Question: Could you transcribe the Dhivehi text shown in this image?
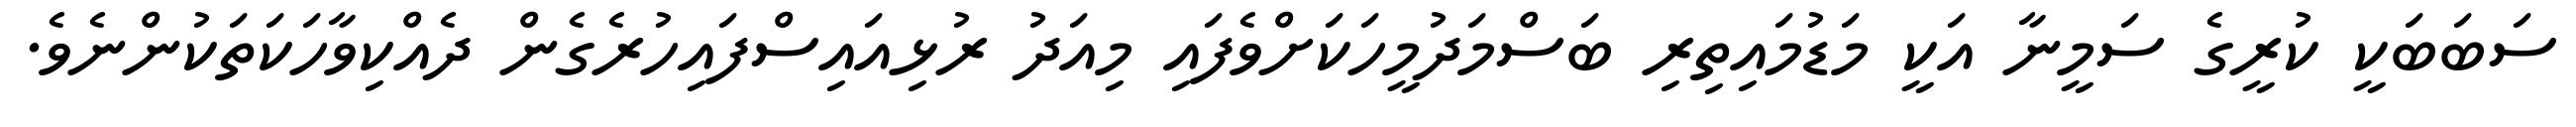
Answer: ސަބަބަކީ ކުރީގެ ސަމީނާ އަކީ މަޑުމައިތިރި ބަސްމަދުމީހަކަށްވެފައި މިއަދު ރުޅިއައިސްފައިހުރެގެން ދެއްކިވާހަކަތަކުންނެވެ.